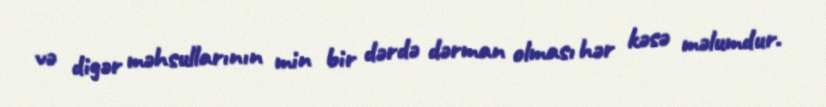
və digər məhsullarının min bir dərdə dərman olması hər kəsə məlumdur.